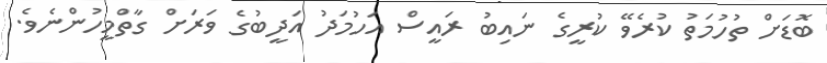
ބޮޑަށް ތުހުމަތު ކުރެވޭ ކުރީގެ ނައިބު ރައީސް އަހުމަދު އަދީބުގެ ވަރަށް ގާތްމީހުންނެވެ.